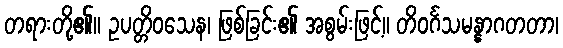
တရားတို့၏။ ဥပတ္တိဝသေန၊ ဖြစ်ခြင်း၏ အစွမ်းဖြင့်။ တိဝင်္ဂသမန္နာဂတတာ၊